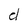
Character: d